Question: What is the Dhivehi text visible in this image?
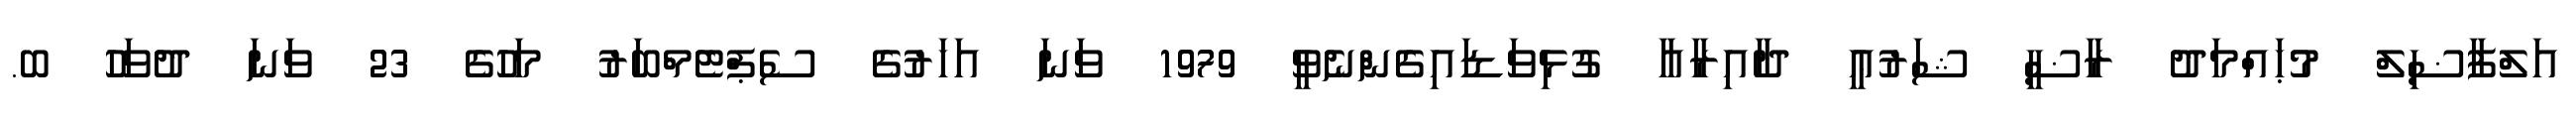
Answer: އަލްފާޟިލް މުޙައްމަދު ރާޟީ ޝަރުޢީ ދާއިރާއާ ގުޅިވަޑައިގެންނެވީ 1979 ވަނަ އަހަރުގެ ސެޕްޓެމްބަރު މަހުގެ 23 ވަނަ ދުވަހު ބ.